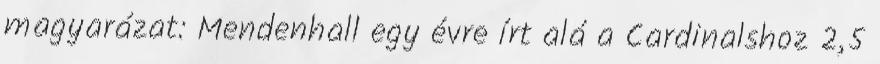
magyarázat: Mendenhall egy évre írt alá a Cardinalshoz 2,5